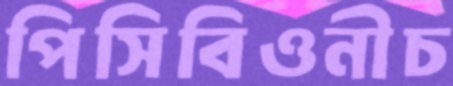
পিসিবিওনীচ